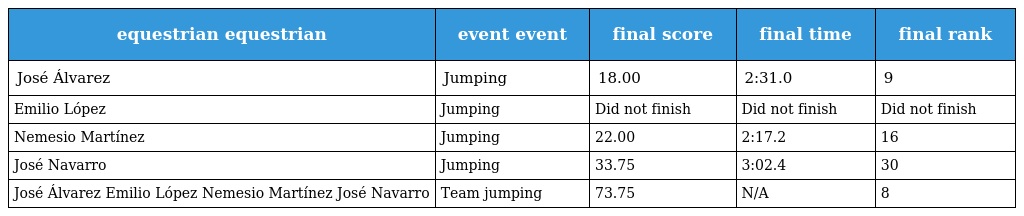
| equestrian equestrian | event event | final score | final time | final rank |
 | --- | --- | --- | --- | --- |
 | José Álvarez | Jumping | 18.00 | 2:31.0 | 9 |
 | Emilio López | Jumping | Did not finish | Did not finish | Did not finish |
 | Nemesio Martínez | Jumping | 22.00 | 2:17.2 | 16 |
 | José Navarro | Jumping | 33.75 | 3:02.4 | 30 |
 | José Álvarez Emilio López Nemesio Martínez José Navarro | Team jumping | 73.75 | N/A | 8 |